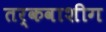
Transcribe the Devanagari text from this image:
तर्कवाशीग